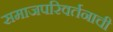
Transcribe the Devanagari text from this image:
समाजपरिवर्तनाची